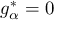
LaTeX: g _ { \alpha } ^ { * } = 0